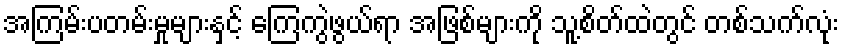
အကြမ်းပတမ်းမှုများနှင့် ကြေကွဲဖွယ်ရာ အဖြစ်များကို သူ့စိတ်ထဲတွင် တစ်သက်လုံး